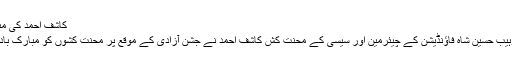
کاشف احمد کی مبارک باد
محمد زوہیب حسین شاہ فاؤنڈیشن کے چیئرمین اور سیسی کے محنت کش کاشف احمد نے جشن آزادی کے موقع پر محنت کشوں کو مبارک باد دی ہے۔